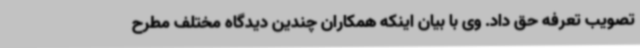
تصویب تعرفه حق داد. وی با بیان اینکه همکاران چندین دیدگاه مختلف مطرح